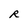
Character: R